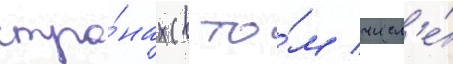
стра́нах (в то́м числ'е́